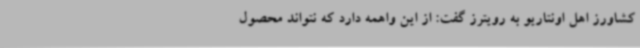
کشاورز اهل اونتاریو به رویترز گفت: از این واهمه دارد که نتواند محصول